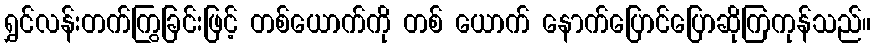
ရွှင်လန်းတက်ကြွခြင်းဖြင့် တစ်ယောက်ကို တစ် ယောက် နောက်ပြောင်ပြောဆိုကြကုန်သည်။